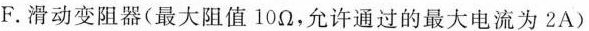
F.滑动变阻器(最大阻值10Ω，允许通过的最大电流为2A)